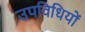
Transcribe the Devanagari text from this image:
उपविधियों